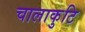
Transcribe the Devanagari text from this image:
चालाकुटि